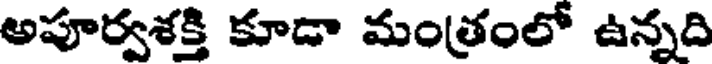
అపూర్వశక్తి కూడా మంత్రంలో ఉన్నది